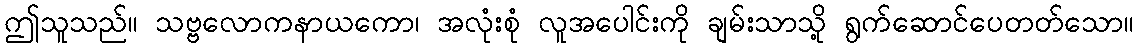
ဤသူသည်။ သဗ္ဗလောကနာယကော၊ အလုံးစုံ လူအပေါင်းကို ချမ်းသာသို့ ရွက်ဆောင်ပေတတ်သော။